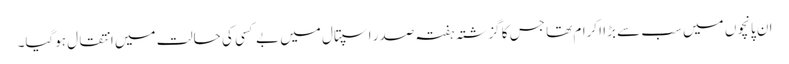
ان پانچوں میں سب سے بڑا اکرام تھا جس کا گزشتہ ہفتہ صدر اسپتال میں بے کسی کی حالت میں انتقال ہوگیا۔